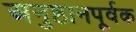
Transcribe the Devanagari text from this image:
अनुष्ठानपूर्वक